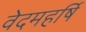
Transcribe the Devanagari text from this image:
वेदमहर्षि